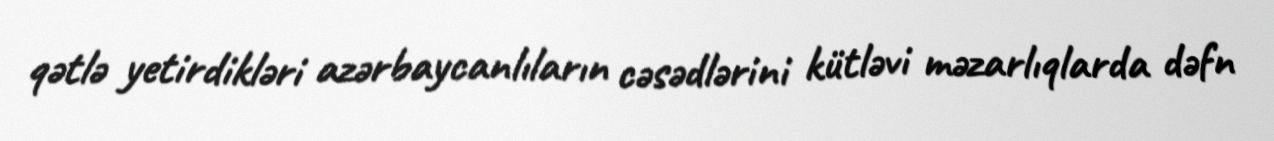
qətlə yetirdikləri azərbaycanlıların cəsədlərini kütləvi məzarlıqlarda dəfn